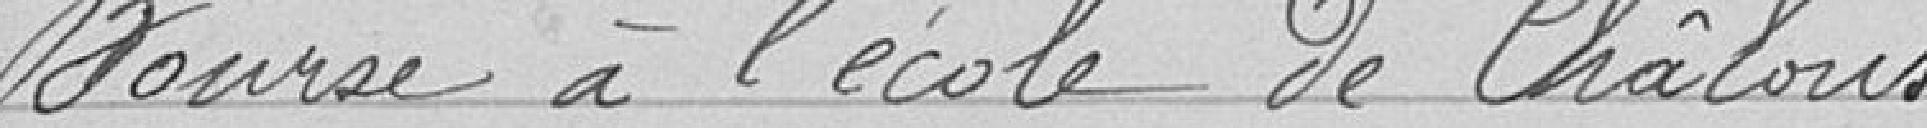
Bourse à l'école de Châlons